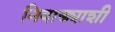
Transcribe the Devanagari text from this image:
निवाड्याशी